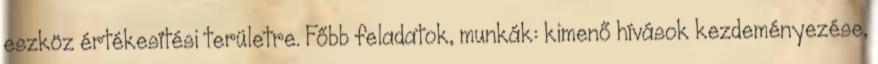
eszköz értékesítési területre. Főbb feladatok, munkák: kimenő hívások kezdeményezése,